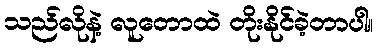
သည်လိုနဲ့ လူတောထဲ တိုးနိုင်ခဲ့တာပါ။